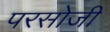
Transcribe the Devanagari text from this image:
परसोजी